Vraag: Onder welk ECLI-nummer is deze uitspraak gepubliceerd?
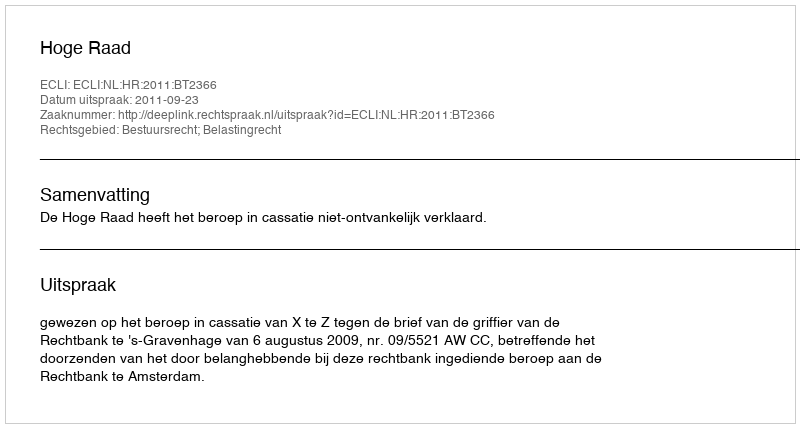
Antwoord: ECLI:NL:HR:2011:BT2366